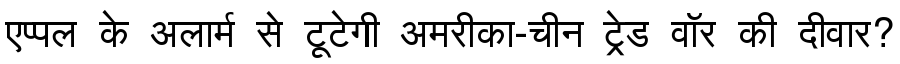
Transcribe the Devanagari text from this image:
एप्पल के अलार्म से टूटेगी अमरीका-चीन ट्रेड वॉर की दीवार?